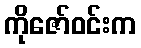
ကိုဇော်ဝင်းက